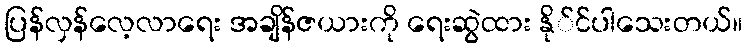
ပြန်လှန်လေ့လာရေး အချိန်ဇယားကို ရေးဆွဲထား နို်င်ပါသေးတယ်။